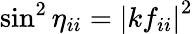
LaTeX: \sin^{2}\eta_{ii}=\left|kf_{ii}\right|^{2}